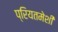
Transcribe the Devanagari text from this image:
प्रियतमेशी